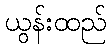
ယွန်းထည်